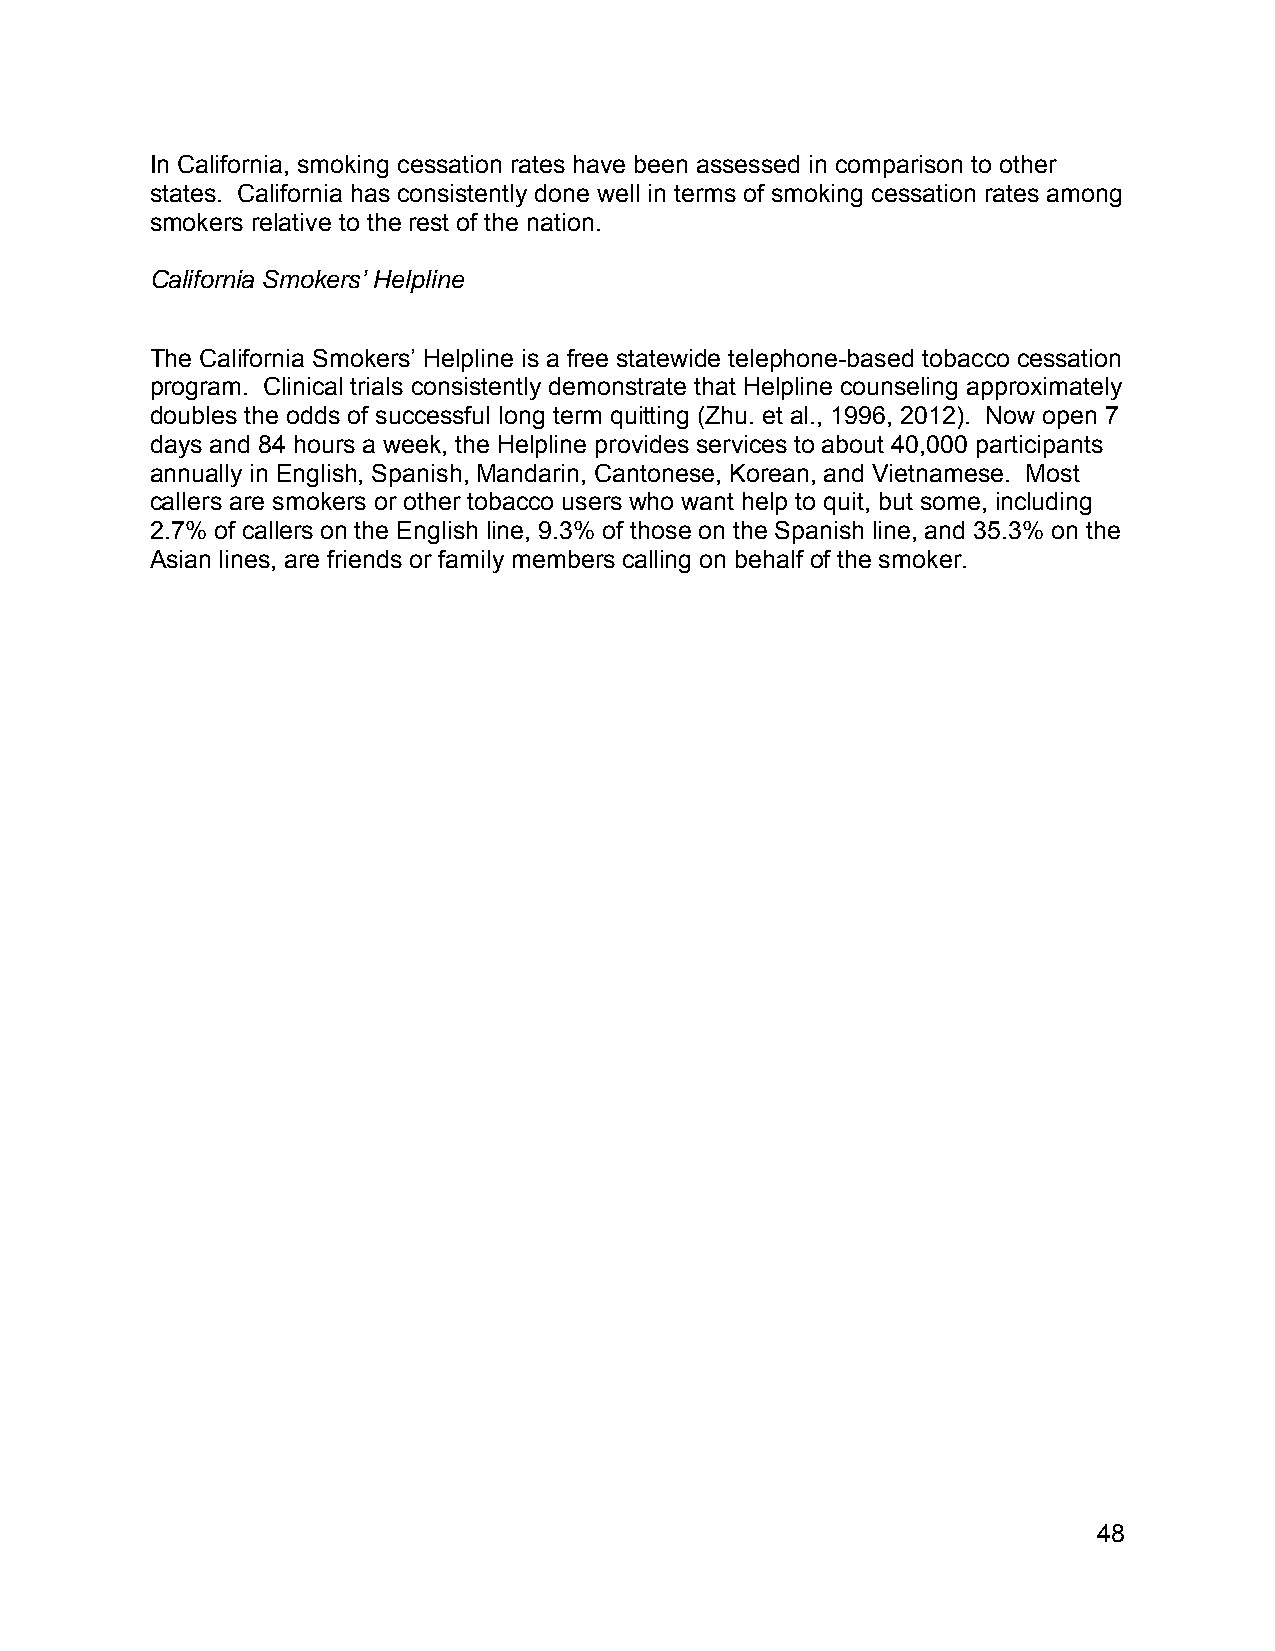
In California, smoking cessation rates have been assessed in comparison to other
 states. California has consistently done well in terms of smoking cessation rates among
 smokers relative to the rest of the nation.
 California Smokers’ Helpline
 The California Smokers’ Helpline is a free statewide telephone-based tobacco cessation
 program. Clinical trials consistently demonstrate that Helpline counseling approximately
 doubles the odds of successful long term quitting (Zhu. et al., 1996, 2012). Now open 7
 days and 84 hours a week, the Helpline provides services to about 40,000 participants
 annually in English, Spanish, Mandarin, Cantonese, Korean, and Vietnamese. Most
 callers are smokers or other tobacco users who want help to quit, but some, including
 2.7% of callers on the English line, 9.3% of those on the Spanish line, and 35.3% on the
 Asian lines, are friends or family members calling on behalf of the smoker.
 48